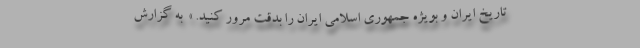
تاریخ ایران و بویژه جمهوری اسلامی ایران را بدقت مرور کنید. »  به گزارش